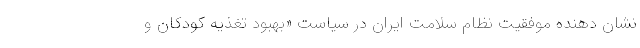
نشان دهنده موفقیت نظام سلامت ایران در سیاست «بهبود تغذیه کودکان و